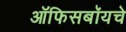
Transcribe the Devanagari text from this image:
ऑफिसबॉयचे